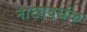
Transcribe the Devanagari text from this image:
नाट्यवर्धक